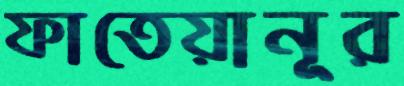
ফাতেয়ানূর